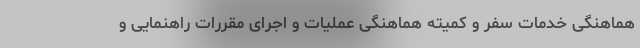
هماهنگی خدمات سفر و کمیته هماهنگی عملیات و اجرای مقررات راهنمایی و